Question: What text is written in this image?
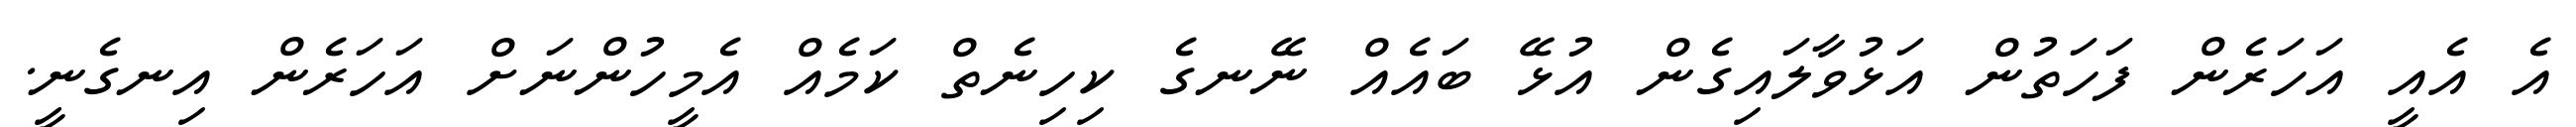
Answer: އެ އެއީ އަހަރެން ފަހަތުން އަޅުވާލައިގެން އުޅޭ ބައެއް ނޭނގެ ކިހިނެތް ކަމެއް އެމީހުންނަށް އަހަރެން އިނގެނީ.